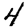
Digit: 4